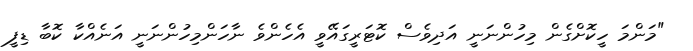
"މަންމަ ހީކޮށްގެން މިހުންނަނީ އަދިވެސް ކޮޓަރީގައޭވީ އެހެންވެ ނާހަންމިހުންނަނީ އަނެއްކާ ކޮބާ ޑިފީ